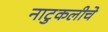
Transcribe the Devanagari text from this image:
नाटुकलीचे